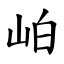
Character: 岶